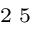
^ \textrm { \scriptsize 2 5 }